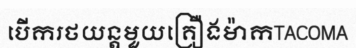
បើករថយន្តមួយគ្រឿងម៉ាកTACOMA